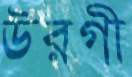
উরগী